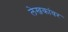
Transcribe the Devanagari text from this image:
लेखकांवर